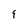
Character: 9